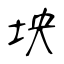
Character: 坱